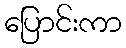
ပြောင်းကာ